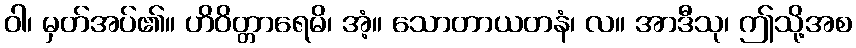
ဝါ၊ မှတ်အပ်၏။ ဟိဝိတ္တာရေမိ၊ အံ့။ သောတာယတနံ၊ လ။ အာဒီသု၊ ဤသို့အစ